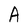
Character: A